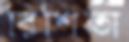
রিশিতা